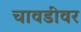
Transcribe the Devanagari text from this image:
चावडीवर